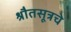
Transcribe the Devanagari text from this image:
श्रौतसूत्रचे